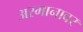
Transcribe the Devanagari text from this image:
अस्मानावर